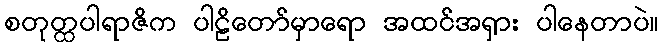
စတုတ္ထပါရာဇိက ပါဠိတော်မှာရော အထင်အရှား ပါနေတာပဲ။